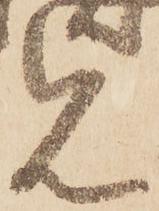
見